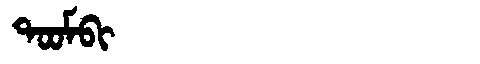
Manchu: ᡨᠣᠣᠮᠪᡳ
Romanization: TOOMBI